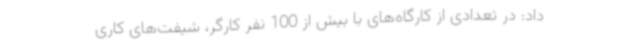
داد: در تعدادی از کارگاه‌های با بیش از 100 نفر کارگر، شیفت‌های کاری